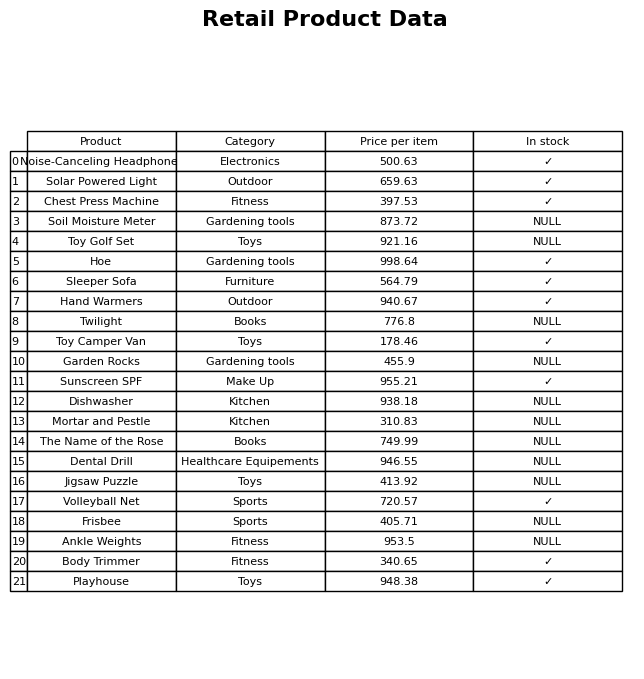
question: What is the price of the Twilight?
answer: The price of Twilight is 776.8.